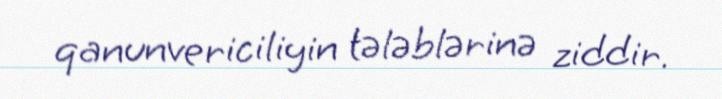
qanunvericiliyin tələblərinə ziddir.